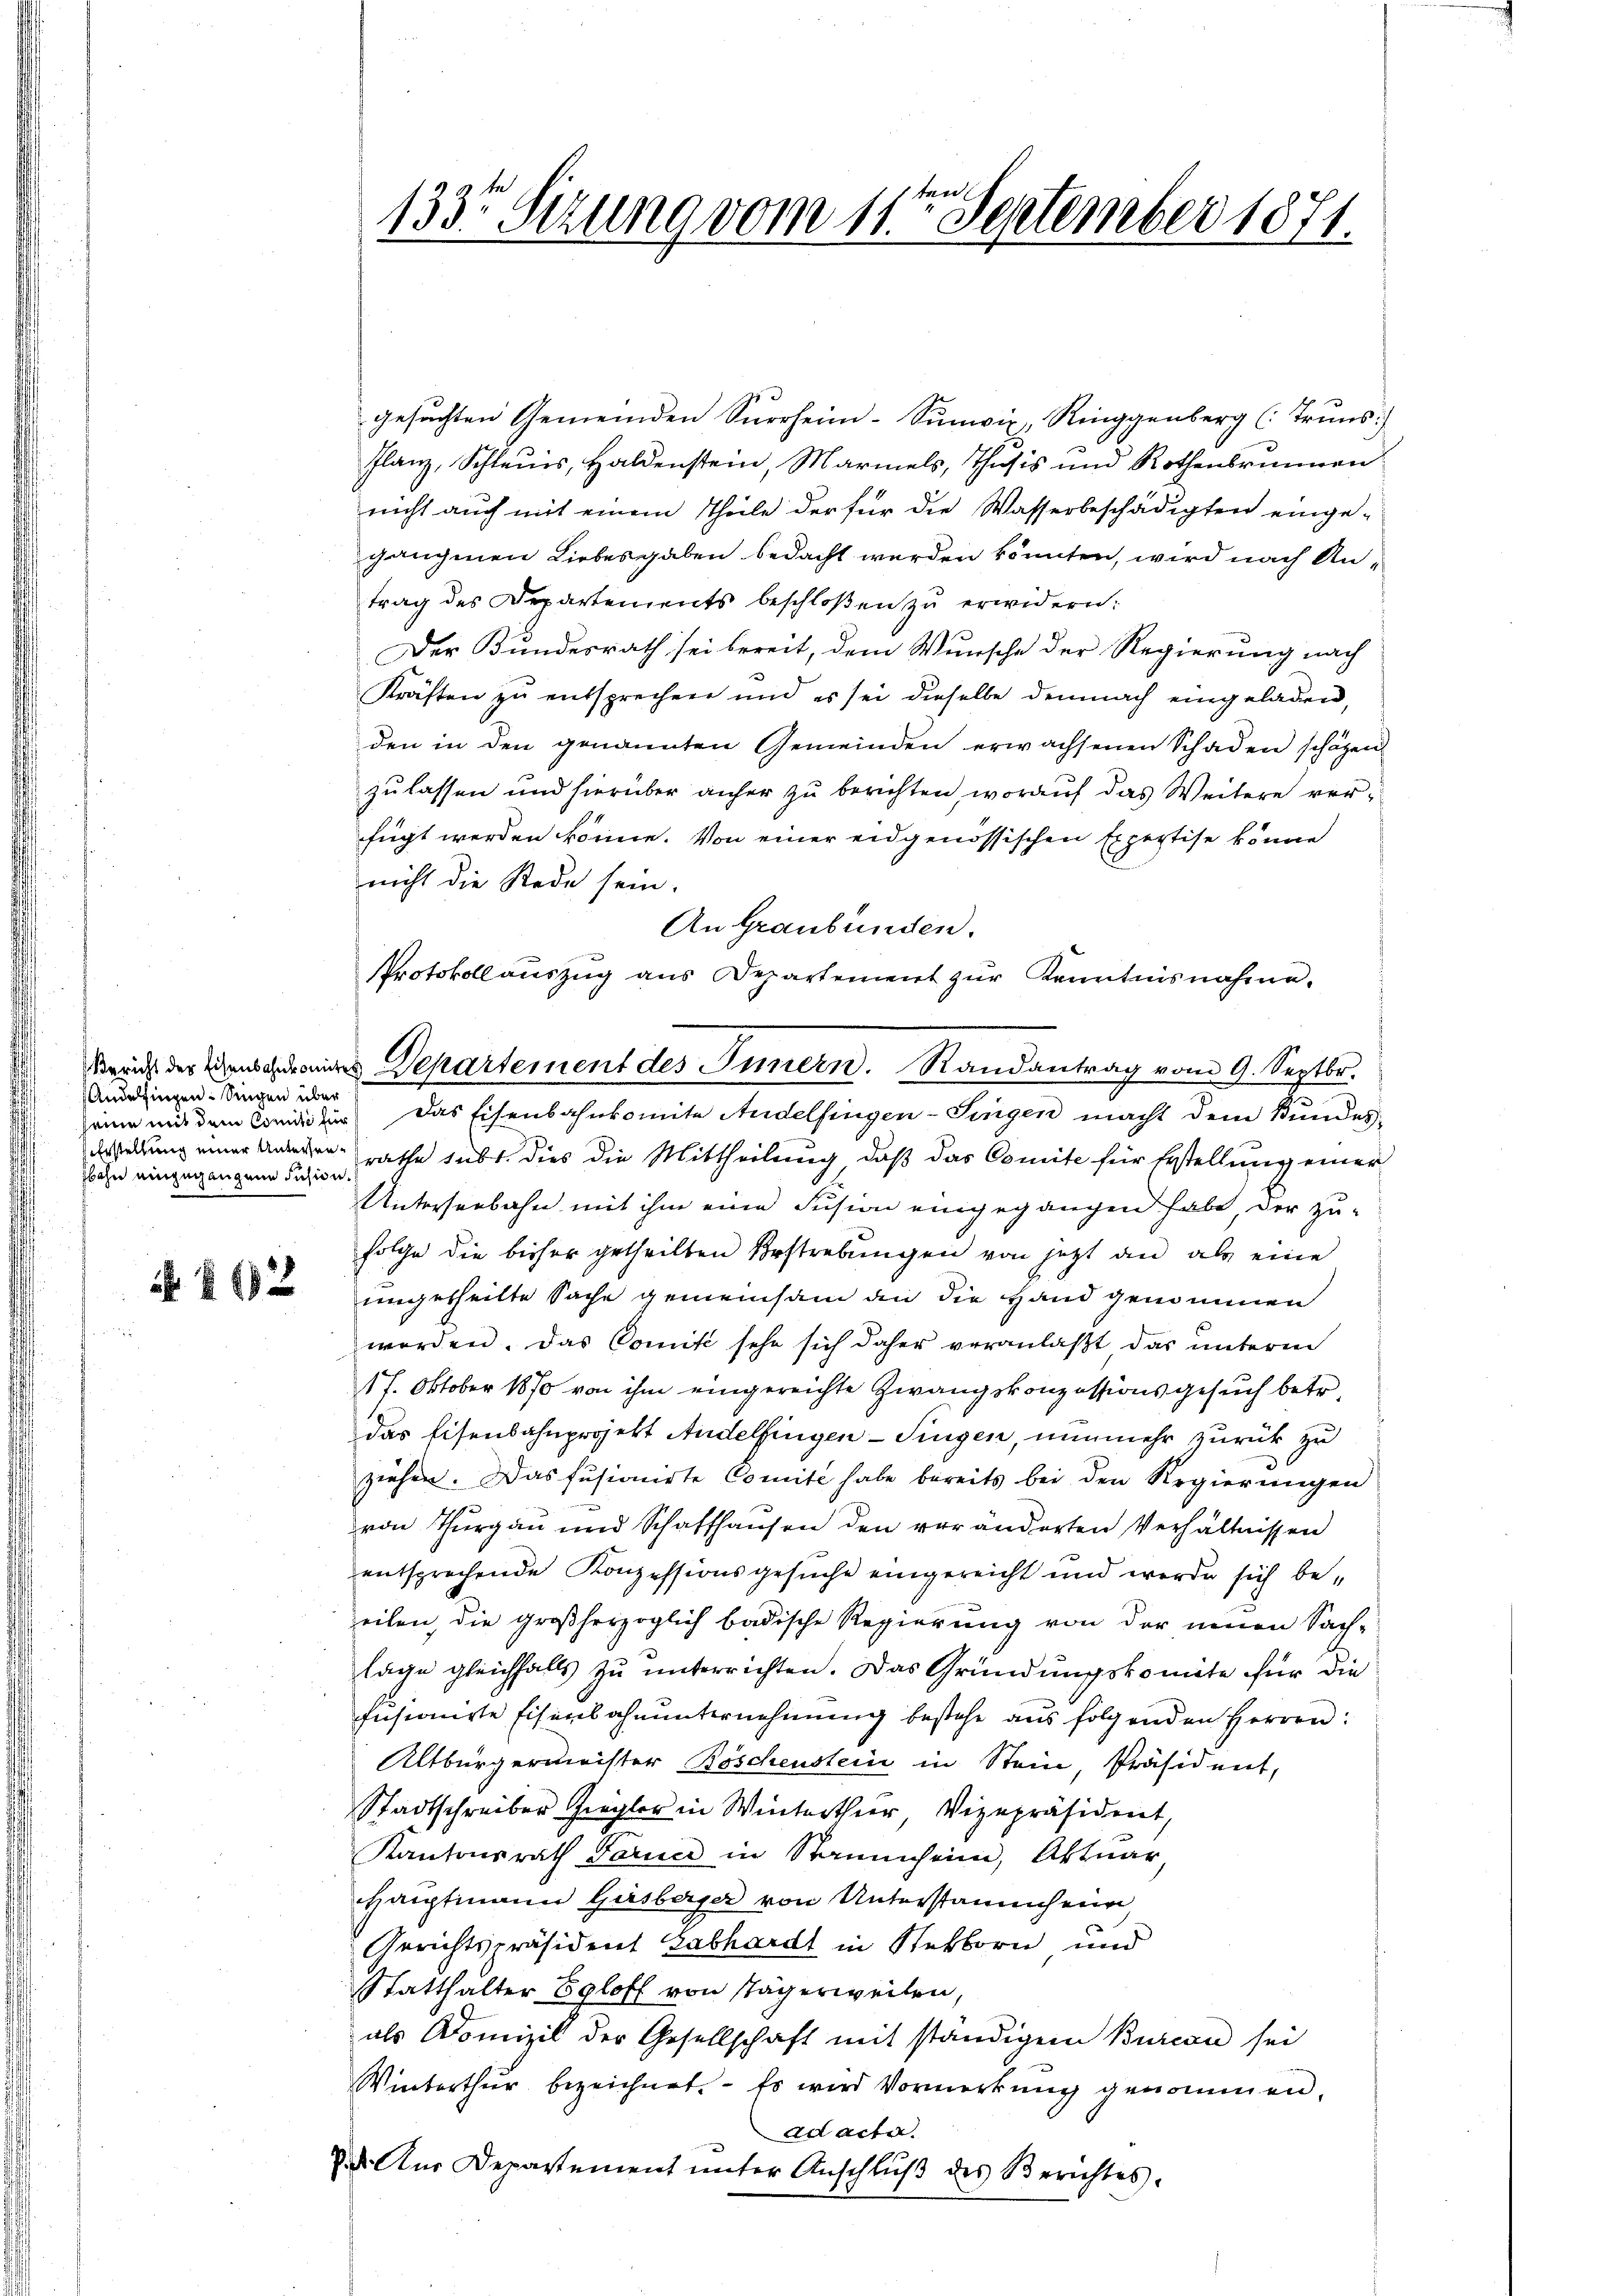
Andelfingen. Singen über
seine mit dem Comité für
bahn eingegangene Fusion.

i 162

7

1335 Sizung vom 11ten September 1871.

gesuchten Gemeinden Surrheim-Sumvix, Ringgenberg (Truns:
Planz, Schleuis, Haldenstein, Marmels, Thusis und Rothenbrunnen
nicht auch mit einem Theile der für die Wasserbeschädigten einge-
gangenen Liebesgaben bedacht werden könnten, wird nach Antrag des Departements beschloßen zu erwidern:
Der Bundesrath sei bereit, dem Wunsche der Regierung nach
Kräften zu entsprechen und es sei dieselbe demnach eingeladen,
den in den genannten Gemeinden erwachsenen Schaden schätzen
zulassen und hierüber anher zu berichten, worauf das Weitere verfügt werden könne. Von einer eidgenössischen Expertise könne
nicht die Rede sein.
An Graubünden.
Das Eisenbahnkomite Andelfingen-Singen macht dem Bundes¬
Erstellung einer Anderen rathe subt. Dies die Mittheilung, daß das Comite für Erstellung einer
Unterseebahn mit ihm eine Fusion eingegangen habe der zu-
folge die bisher getheilten Bestrebungen von jetzt an als eine
ungetheilte Sache gemeinsam an die Hand genommen
werden. Das Comité sehr sich daher veranlaßt das unterm
17. Oktober 1870 von ihm eingereichte Zwangskonzessionsgesuch betr.
das Eisenbahnprojekt Andelfingen - Singen, nunmehr zurück zu
zeihen. Das fusionirte Comite habe bereits bei den Regierungen
von Thurgau und Schaffhausen den veränderten Verhältnissen
entsprechende Konzessionsgesuche eingereicht und werde sich beeilen, die großherzoglich badische Regierung von der neuen Sach-
lage gleichfalls zu unterrichten. Das Gründungskomite für die
fusionirte Eisenbahnunternehmung bestehe aus folgenden Herren:
Altbürgermeister Böschenstein in Stein, Präsident,
Stadtschreiber Ziegler in Winterthur Vizepräsident,
Kantonsrath Paruci in Stammheim, Aktuar
Hauptmann Gasberger von Unterstammheim,
Gerichtspräsident Labhardt in Steckborn und
Statthalter Egloff von Stägerweilen,
als Domizil der Gesellschaft mit ständigem Burcan sei
Winterthur bezeichnet. - Es wird Vormerkung genommen.
ad acta.
d Aus Departement unter Anschluß des Berichtes.

Protokoll auszug aus Departement zŭr Kenntnisnahme.
kreis der Weisendereins Departement des Innern. Randantrag vom 9. Septbr.